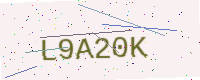
Text: L9A20K